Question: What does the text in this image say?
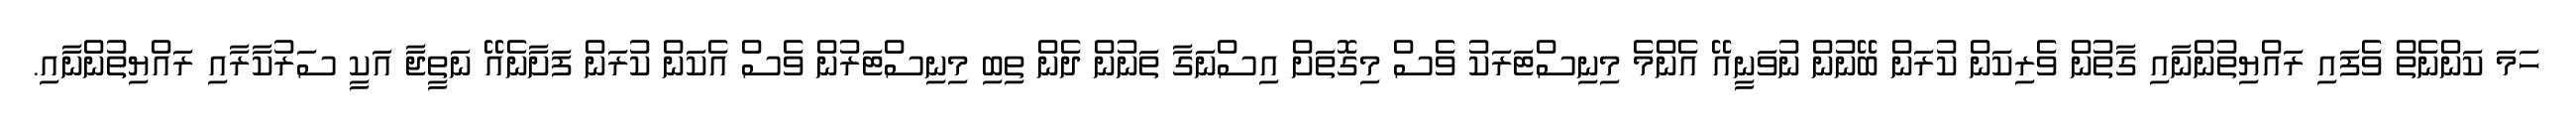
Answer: ހަމަ ކަންނެތް ވެފައި ރައްޔިތުންނާއި ގާތުން ވެރިކަން ކުރަން ބޭނުން ނުވަނީއޭ އެންމެ މިނިސްޓަރަކު ވެސް މިގޮތަށް އިސްނަގާ ތަނުން ދެން ތިބި މިނިސްޓަރުން ވެސް އެކަން ކުރަން ފަށާނެއޭ ނަތީޖާ އަކީ ސަރުކާރާއި ރައްޔިތުންނާއި.